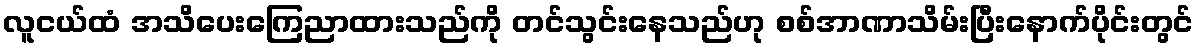
လူငယ်ထံ အသိပေးကြေညာထားသည်ကို တင်သွင်းနေသည်ဟု စစ်အာဏာသိမ်းပြီးနောက်ပိုင်းတွင်